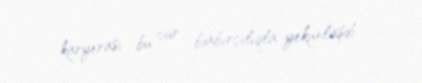
karyerası bu cür biabırçılıqla yekunlaşdı.